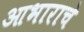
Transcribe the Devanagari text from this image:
आभाराचे